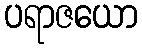
ပရာဇယော